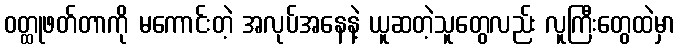
ဝတ္ထုဖတ်တာကို မကောင်းတဲ့ အလုပ်အနေနဲ့ ယူဆတဲ့သူတွေလည်း လူကြီးတွေထဲမှာ